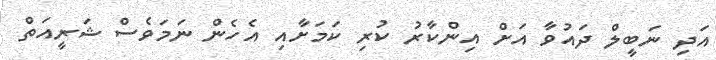
އަދި ނަބީލް ދައުވާ އަށް އިންކާރު ކުރި ކަމަށާއި އެހެން ނަމަވެސް ޝަރީއަތް